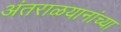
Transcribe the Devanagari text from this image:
अंतराळयानांच्या